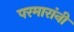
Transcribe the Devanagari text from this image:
परमारांनी